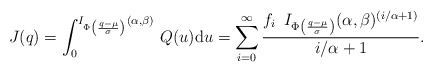
\begin{align*}J(q)=\int_{0}^{I_{\Phi\left(\frac{q-\mu}{\sigma}\right)}(\alpha,\beta)}\,Q(u)\mathrm{d}u=\sum_{i=0}^{\infty}\frac{f_i\,\,\,I_{\Phi\left(\frac{q-\mu}{\sigma}\right)}(\alpha,\beta)^{(i/\alpha+1)}}{i/\alpha+1}.\end{align*}